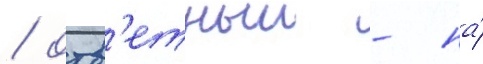
/ отв'етныи - на́